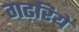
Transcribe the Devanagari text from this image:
गढ़रिये